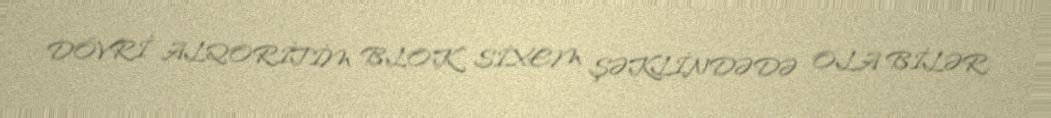
DÖVRİ ALQORİTİM BLOK SİXEM ŞƏKLİNDƏDƏ OLA BİLƏR.